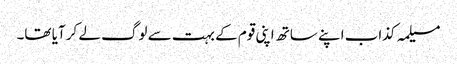
مسیلمہ کذاب اپنے ساتھ اپنی قوم کے بہت سے لوگ لے کر آیا تھا۔